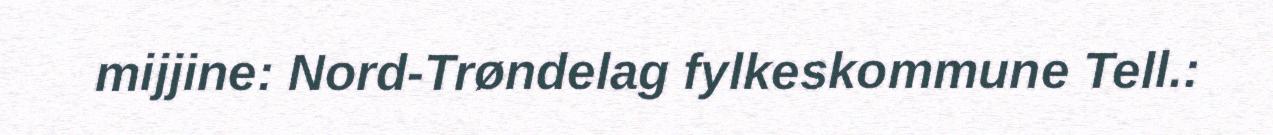
mijjine: Nord-Trøndelag fylkeskommune Tell.: